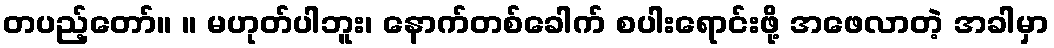
တပည့်တော်။ ။ မဟုတ်ပါဘူး၊ နောက်တစ်ခေါက် စပါးရောင်းဖို့ အဖေလာတဲ့ အခါမှာ